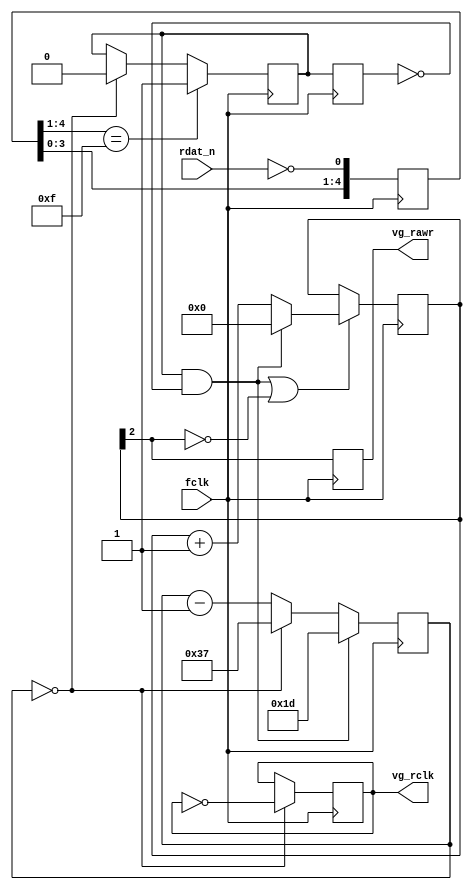
// ZX-Evo Base Configuration (c) NedoPC 2008,2009,2010,2011,2012,2013,2014
//
// counter-based 'PFD', based on pentagon design, with filter and adopted to
// 28mhz

/*
    This file is part of ZX-Evo Base Configuration firmware.

    ZX-Evo Base Configuration firmware is free software:
    you can redistribute it and/or modify it under the terms of
    the GNU General Public License as published by
    the Free Software Foundation, either version 3 of the License, or
    (at your option) any later version.

    ZX-Evo Base Configuration firmware is distributed in the hope that
    it will be useful, but WITHOUT ANY WARRANTY; without even
    the implied warranty of MERCHANTABILITY or FITNESS FOR A PARTICULAR PURPOSE.
    See the GNU General Public License for more details.

    You should have received a copy of the GNU General Public License
    along with ZX-Evo Base Configuration firmware.
    If not, see <http://www.gnu.org/licenses/>.
*/


module fapch_counter
(
	input  wire fclk,

	input  wire rdat_n,

	output reg  vg_rclk,
	output reg  vg_rawr
);


	reg [4:0] rdat_sync;
	reg rdat_edge1, rdat_edge2;
	wire rdat;
	wire rwidth_ena;
	reg [3:0] rwidth_cnt;
	wire rclk_strobe;
	reg [5:0] rclk_cnt;

	// RCLK/RAWR restore
	// currently simplest counter method, no PLL whatsoever now
	//
	// RCLK period must be 112 clocks (@28 MHz), or 56 clocks for each state
	// RAWR on time is 4 clocks

	// digital filter - removing glitches
	always @(posedge fclk)
		rdat_sync[4:0] <= { rdat_sync[3:0], (~rdat_n) };



	always @(posedge fclk)
	begin
		if( rdat_sync[4:1]==4'b1111 ) // filter beginning of strobe
			rdat_edge1 <= 1'b1;
		else if( rclk_strobe ) // filter any more strobes during same strobe half-perion
			rdat_edge1 <= 1'b0;

		rdat_edge2 <= rdat_edge1;
	end



	assign rdat = rdat_edge1 & (~rdat_edge2);



	always @(posedge fclk)
		if( rwidth_ena )
		begin
			if( rdat )
				rwidth_cnt <= 4'd0;
			else
				rwidth_cnt <= rwidth_cnt + 4'd1;
		end

	assign rwidth_ena = rdat | (~rwidth_cnt[2]); // [2] - 140ns, [3] - 280ns

	always @(posedge fclk)
		vg_rawr <= rwidth_cnt[2]; // RAWR has 2 clocks latency from rdat strobe




	assign rclk_strobe = (rclk_cnt==6'd0);

	always @(posedge fclk)
	begin
		if( rdat )
			rclk_cnt <= 6'd29; // (56/2)-1 plus halfwidth of RAWR
		else if( rclk_strobe )
			rclk_cnt <= 6'd55; // period is 56 clocks
		else
			rclk_cnt <= rclk_cnt - 6'd1;
	end

	always @(posedge fclk)
		if( rclk_strobe )
			vg_rclk <= ~vg_rclk; // vg_rclk latency is 2 clocks plus a number loaded into rclk_cnt at rdat strobe

endmodule